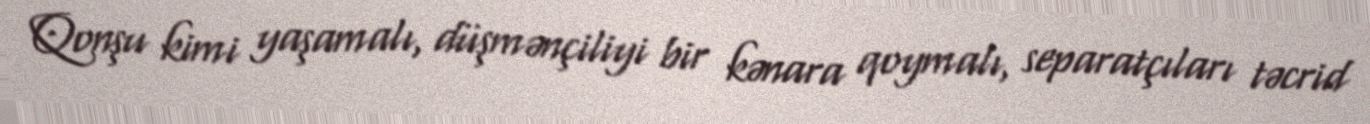
Qonşu kimi yaşamalı, düşmənçiliyi bir kənara qoymalı, separatçıları təcrid